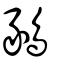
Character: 鶨